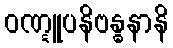
ဝဏ္ဋူပနိဗန္ဓနာနိ